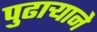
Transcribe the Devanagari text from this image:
पुढार्‍याने